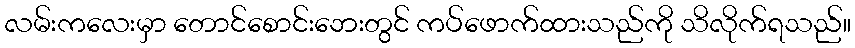
လမ်းကလေးမှာ တောင်စောင်းဘေးတွင် ကပ်ဖောက်ထားသည်ကို သိလိုက်ရသည်။